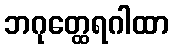
ဘဂုတ္ထေရဂါထာ